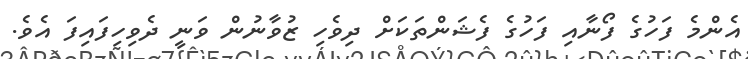
އެންމެ ފަހުގެ ފޯނާއި ފަހުގެ ފެޝަންތަކަށް ދިވެހި ޒުވާނުން ވަނީ ދެވިހިފައިފަ އެވެ.